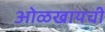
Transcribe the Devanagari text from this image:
ओळखायची